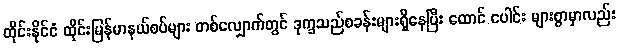
ထိုင်းနိုင်ငံ ထိုင်းမြန်မာနယ်စပ်များ တစ်လျှောက်တွင် ဒုက္ခသည်စခန်းများရှိနေပြီး ထောင် ပေါင်း များစွာမှာလည်း